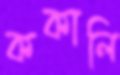
ককালি